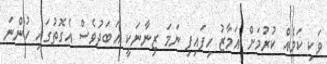
ވަކި ކަމެއް ކުރުމަށް އަމާޒު ހިފައިފި ނަމަ ޒިނާނަކީ އަބަދުވެސް އެގޮތުގައި ހުންނަ